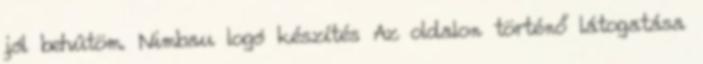
jól behûtöm. Nimbau logó készítés Az oldalon történő látogatása